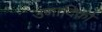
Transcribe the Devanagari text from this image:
उणादिकों